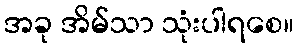
အခု အိမ်သာ သုံးပါရစေ။